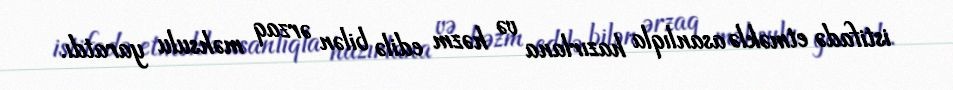
istifadə etməklə asanlıqla hazırlana və həzm edilə bilən ərzaq məhsulu yaratdı.